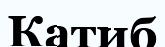
Катиб